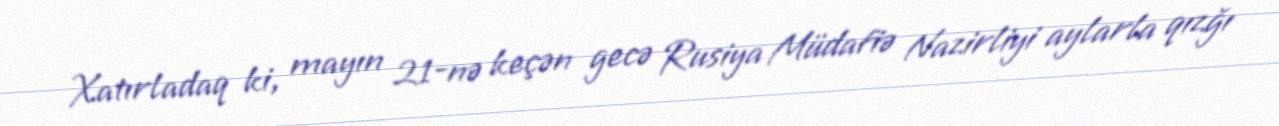
Xatırladaq ki, mayın 21-nə keçən gecə Rusiya Müdafiə Nazirliyi aylarla qızğı